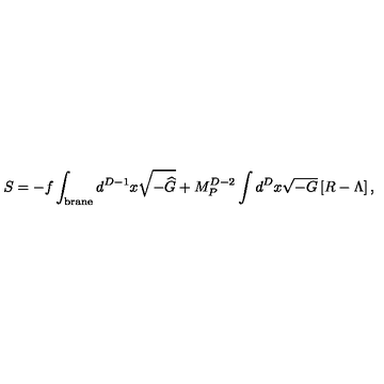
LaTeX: S = - f \int _ { \mathrm { { \small b r a n e } } } d ^ { D - 1 } x \sqrt { - { \widehat G } } + M _ { P } ^ { D - 2 } \int d ^ { D } x \sqrt { - G } \left[ R - \Lambda \right] ,